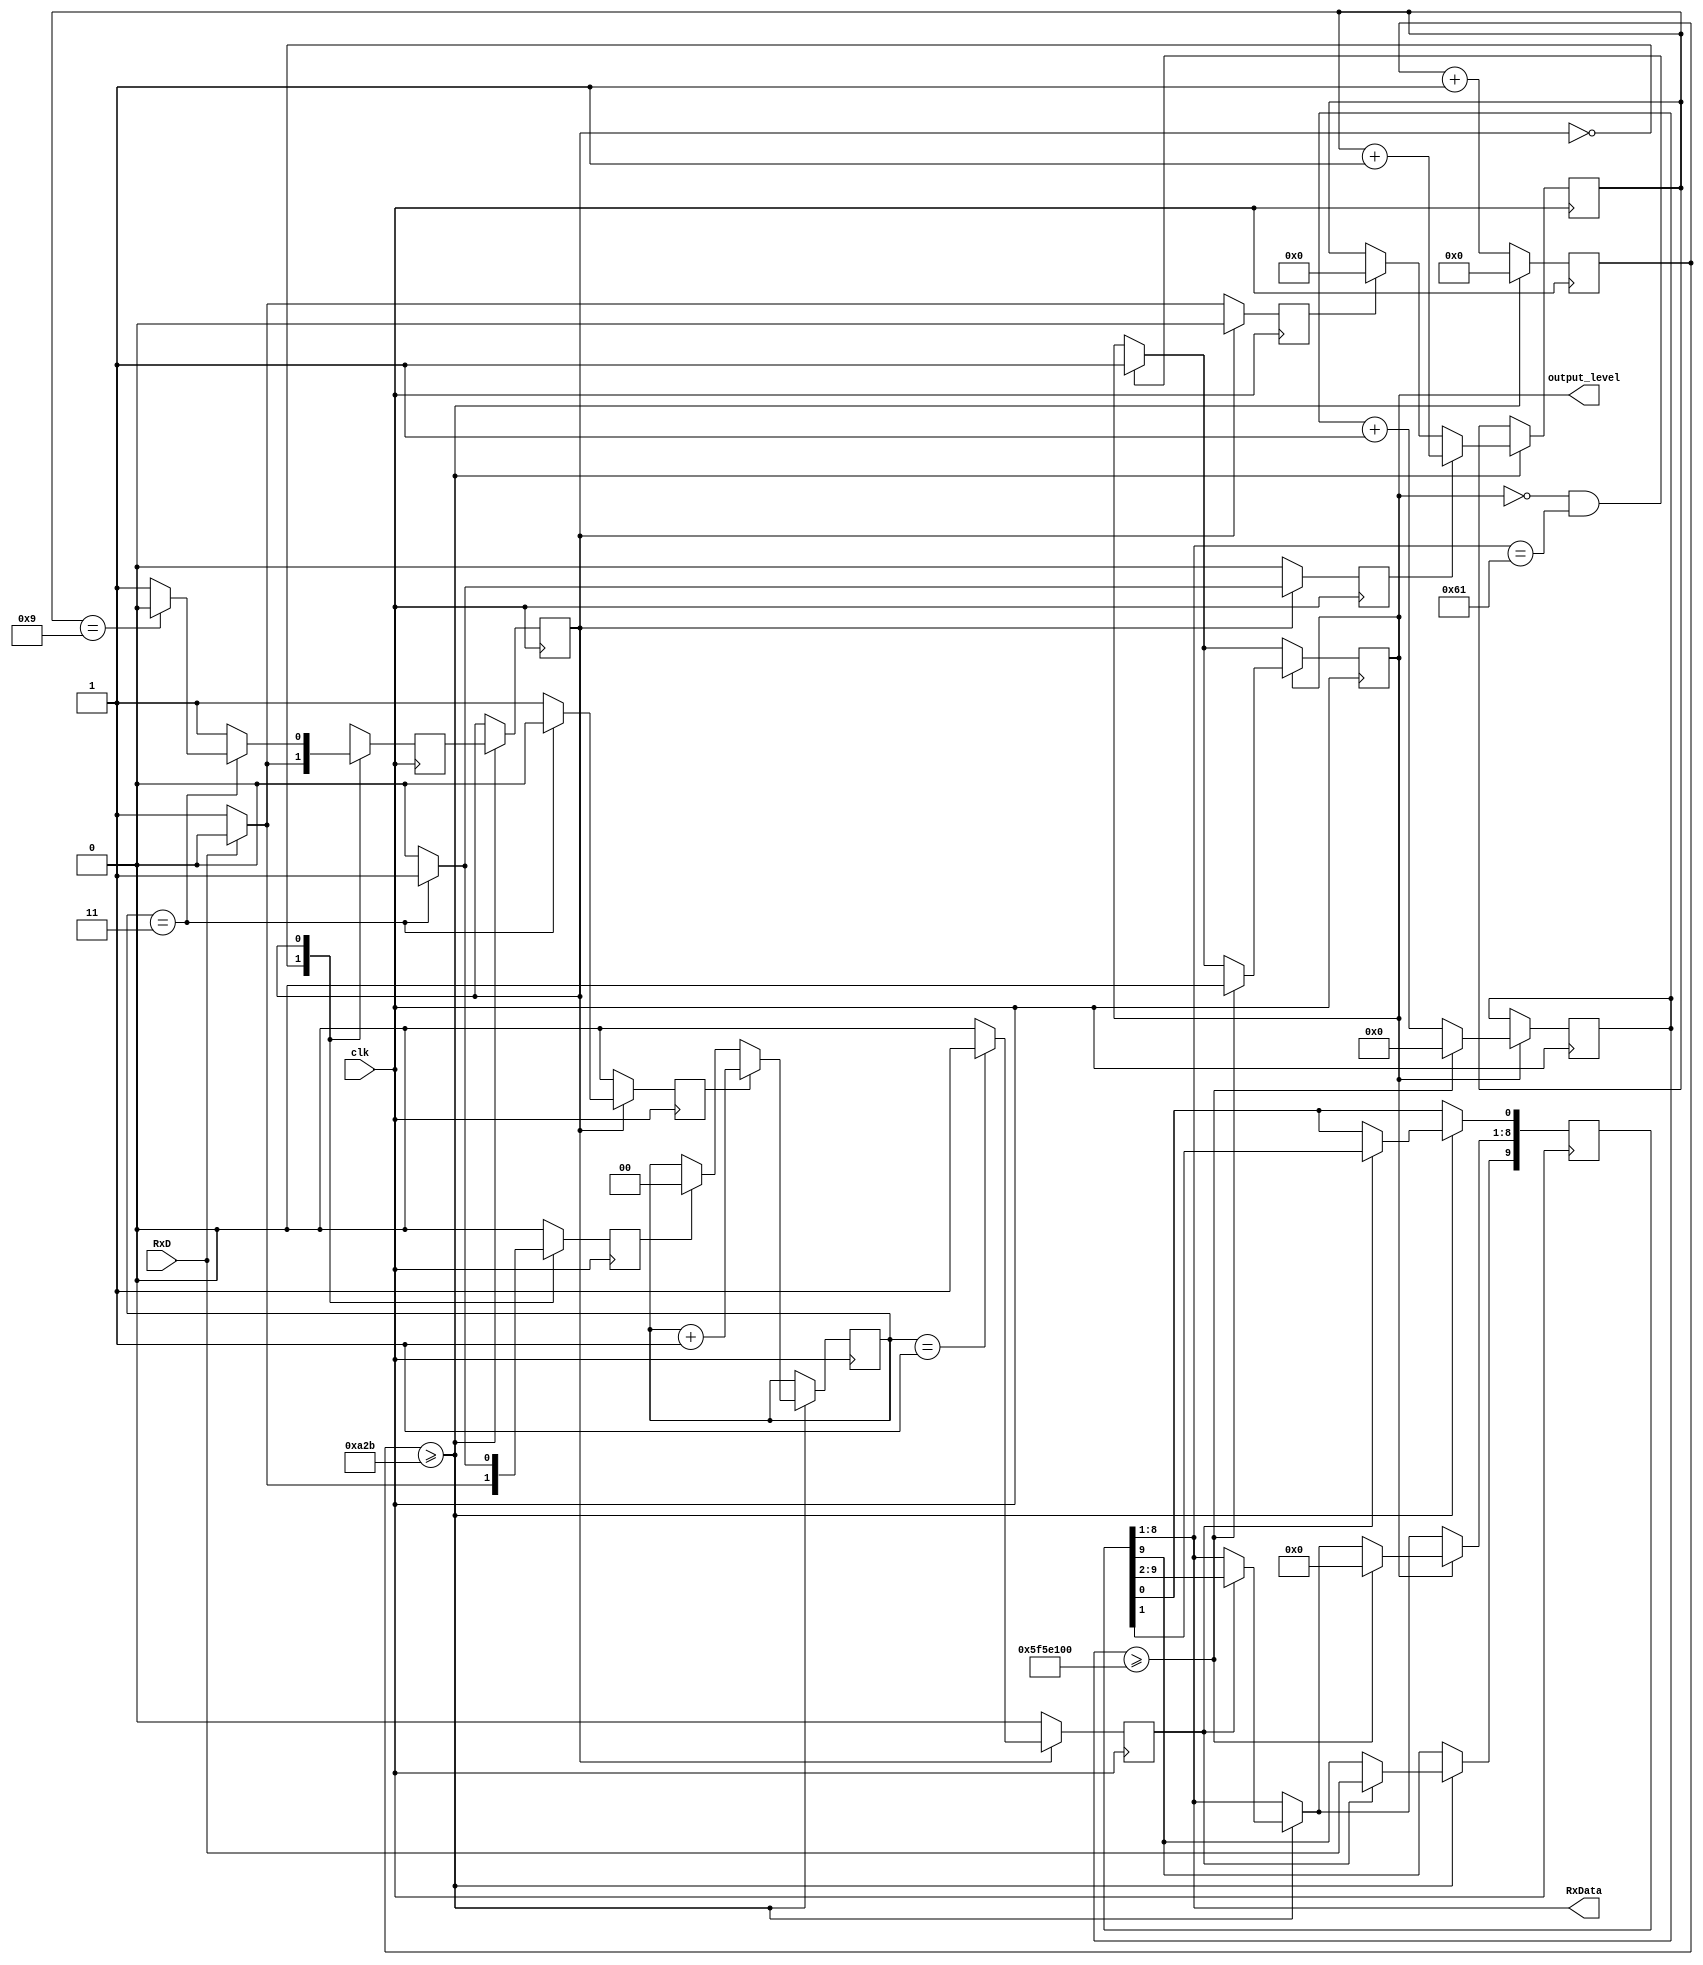
module  UART #(parameter reset_key = 8'b01100001) ( // UART (Asynchronous) receiver, that gives pulse on output_level when 'a' keyboard key ascii value is received
input clk, // input clock
//input reset, // reset should be normally an input wire that is used to initialize some registers to 0, but in our remote case we don't have access to any GPIOs to use for reset, so we specify reg initial values directly to 0 instead of waiting for a reset signal to do so (for example reg state = 0;), take care that a wire doesn't have storage so an initial value to it doesn't make sense.
input RxD, // input receiving data line
output [7:0] RxData, // output for 8 bits data
output output_level); // output level
//internal variables
reg [3:0] bitcounter = 0; // 4 bits counter to count if 10 bits data transmission complete or not
reg [1:0] samplecounter = 0; // 2 bits sample counter to count up to 4 for oversampling
reg clear_bitcounter, inc_bitcounter, inc_samplecounter, clear_samplecounter; // clear or increment the counter
reg [13:0] counter = 0; // 14 bits counter to count the baud rate (symbol rate) for UART receiving
reg state = 0; // initial state variable (mealy finite state machine)
reg nextstate; // next state variable (mealy finite state machine)
reg shift; // signal to indicate shifting data is ready
reg [9:0] rxshiftreg; // 10 bits data needed to be shifted in during transmission. For storing the serial package and sending its bits one by one. The least significant bit is initialized with the binary value "0" (a start bit) A binary value "1" is introduced in the most significant bit
reg output_reset = 0; // our output reset
reg [31:0] time_counter = 0; // needed for our output reset
// Constants (a parameter infers its type from its value)
parameter clk_freq = 100_000_000; // system clock frequency
parameter baud_rate = 9_600; // baud rate (should be agreed upon with the transmitter)
parameter oversamples = 4; // oversampling
parameter reset_counter = clk_freq/(baud_rate*oversamples); // counter upper bound
// <------------ 100M clock cycles ----------->
// <------------ 9,600 bits ------------------>
// <------------ 9,600x4 samples ------------->
// reset_counter = 2604, means counter goes from 0 to 2604 (during that time I should take 1 sample)
parameter counter_mid_sample = (oversamples/2); // this is the middle point of a bit where you want to sample it
parameter num_bit = 10; // 1 start, 8 data, 1 stop
//parameter reset_key = 8'b01100001; // 8'b01100001; is the binary value of the ASCII character of small 'a' keyboard button
parameter reset_high_seconds = 1;
parameter reset_time_counter = clk_freq*reset_high_seconds;
assign RxData = rxshiftreg [8:1]; // assign the RxData from the shiftregister
assign output_level = output_reset;
// UART receiver logic
always @ (posedge clk) begin
counter <= counter +1; // start count in the counter
if (counter >= reset_counter-1) begin // if counter reach the baud rate with sampling
counter <=0; //reset the counter
state <= nextstate; // assign the state to nextstate
if (shift)rxshiftreg <= {RxD,rxshiftreg[9:1]}; //if shift asserted, load the receiving data
if (clear_samplecounter) samplecounter <=0; // if clear sampl counter asserted, reset sample counter
if (inc_samplecounter) samplecounter <= samplecounter +1; //if increment counter asserted, start sample count
if (clear_bitcounter) bitcounter <=0; // if clear bit counter asserted, reset bit counter
if (inc_bitcounter)bitcounter <= bitcounter +1; // if increment bit counter asserted, start count bit counter
end
// Handle our desired reset output
if (output_reset == 0 && rxshiftreg[8:1] == reset_key)
output_reset <= 1;
if (output_reset == 1)
if (time_counter >= reset_time_counter) begin
time_counter <= 0;
output_reset <= 0;
rxshiftreg[8:1] <= 0;
end
else time_counter <= time_counter +1;
end
// Finite state machine
always @ (posedge clk) begin //trigger by clock
shift <= 0; // set shift to 0 to avoid any shifting
clear_samplecounter <=0; // set clear sample counter to 0 to avoid reset
inc_samplecounter <=0; // set increment sample counter to 0 to avoid any increment
clear_bitcounter <=0; // set clear bit counter to 0 to avoid claring
inc_bitcounter <=0; // set increment bit counter to avoid any count
nextstate <=0; // set next state to be idle state
case (state)
0: begin // idle state
if (RxD) // if input RxD data line asserted
nextstate <=0; // back to idle state because RxD needs to be low to start transmission
else begin // if input RxD data line is not asserted
nextstate <=1; // jump to receiving state
clear_bitcounter <=1; // trigger to clear bit counter
clear_samplecounter <=1; // trigger to clear sample counter
end
end
1: begin // receiving state
nextstate <= 1; // DEFAULT
if (samplecounter == counter_mid_sample - 1) shift <= 1; // if sample counter is 1, trigger shift
if (samplecounter == oversamples - 1) begin // if sample counter is 3 as the sample rate used is 3
if (bitcounter == num_bit - 1) // check if bit counter if 9 or not
nextstate <= 0; // back to idle state if bit counter is 9 as receving is complete
inc_bitcounter <=1; // trigger the increment bit counter if bit counter is not 9
clear_samplecounter <=1; //trigger the sample counter to reset the sample counter
end
else inc_samplecounter <=1; // if sample is not equal to 3, keep counting
end
default: nextstate <=0; //default idle state
endcase
end
endmodule